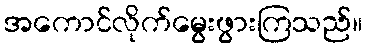
အကောင်လိုက်မွေးဖွားကြသည်။